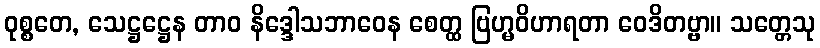
ဝုစ္စတေ, သေဋ္ဌဋ္ဌေန တာဝ နိဒ္ဒေါသဘာဝေန စေတ္ထ ဗြဟ္မဝိဟာရတာ ဝေဒိတဗ္ဗာ။ သတ္တေသု